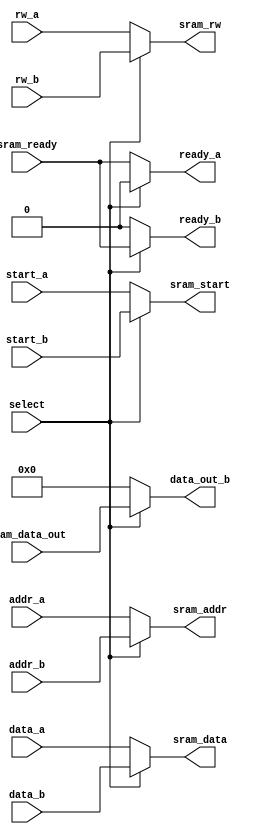
//Double MUX for buffer switching

module single_mux
(
//Inputs from controllers

//A group from pixel writer
input wire start_a,
input wire rw_a,
input wire [15:0] addr_a,
input wire [15:0] data_a,
//B group from pixel reader
input wire start_b,
input wire rw_b,
input wire [15:0] addr_b,
input wire [15:0] data_b,

//Sram data and ready input
input wire [15:0] sram_data_out,//To data output of sram controller
input wire sram_ready,//input from sram

input wire select,//0 = A, 1 = B

//Outputs to sram
output wire sram_start,
output wire sram_rw,
output wire [15:0] sram_addr,
output wire [15:0] sram_data,

//Outputs to A and B modules
output wire [15:0] data_out_b,
output wire ready_a,
output wire ready_b

);


//Assign for sram lines
assign sram_start = select ? start_b : start_a;
assign sram_rw = select ? rw_b : rw_a;
assign sram_addr = select ? addr_b : addr_a;
assign sram_data = select ? data_b : data_a;

//Assign for outputs to A and B modules

assign data_out_b = select ? sram_data_out : 16'b0;
assign ready_a = select ? 1'b0 : sram_ready;
assign ready_b = select ? sram_ready : 1'b0;


endmodule